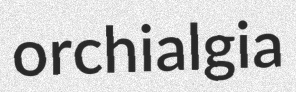
orchialgia